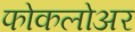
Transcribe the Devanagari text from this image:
फोकलोअर